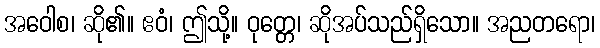
အဝေါစ၊ ဆို၏။ ဧဝံ၊ ဤသို့။ ဝုတ္တေ၊ ဆိုအပ်သည်ရှိသော။ အညတရော၊